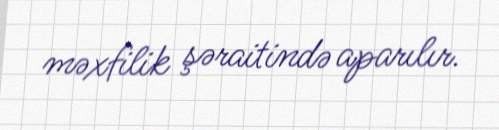
məxfilik şəraitində aparılır.